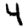
Digit: 4